Medical and sanitary report of the native army of Bengal for the year
Year: 1878
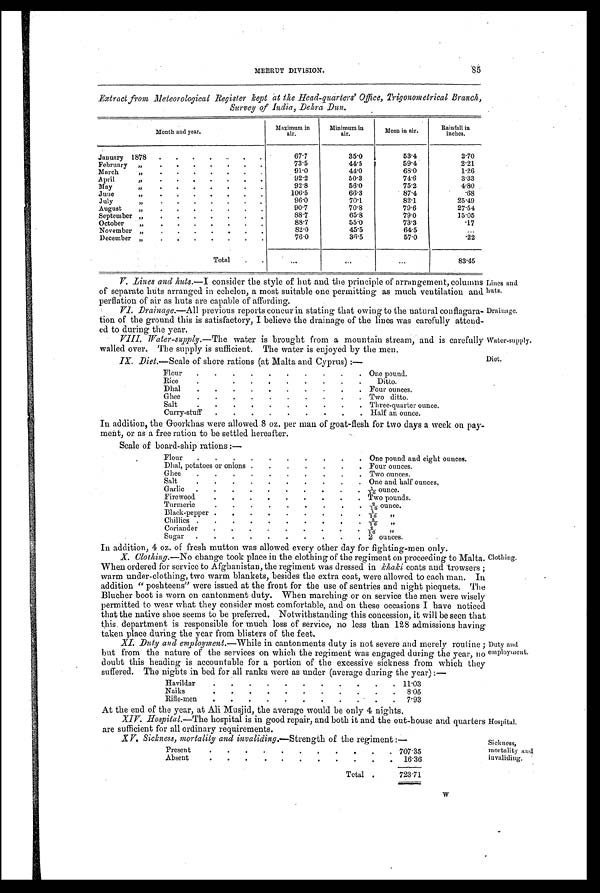
Lines and
huts.
Drainage.
Water-supply.
Diet.
85
MEERUT DIVISION.
Extract from Meteorological Register kept at the Head-quarters' Office, Trigonometrical Branch,
Survey of India, Dehra Dun.
Month and year.
Maximum in
air
Minimum in
air.
Mean in air.
Rainfall in
inches.
January 1878 .
. . . - .
. .
67.7
35.0
5 3 . 4
2.70
February ,,
.
. . . . . .
73.5
44.5
59.4
2.21
March
91.0
44.0
68.0
1.26
April
, ,
92.2
50.3
74.6
3.33
May
, ,
92.8
56.0
75.2
4.80
June
, ,
106.5
66.3
87.4
.68
July
, ,
96.0
70.1
82.1
25.49
August
„
. . . . .
. .
90.7
70.8
79.6
27.54
September
.
. . . . . .
8 8 . 7
65.8
79.0
15.05
October „
8 8 . 7
55.0
73.3
.17
November „
. . . . . . .
82.0
4 5 . 5
64.5
...
December , ,
. . . . . . .
7 6 . 0
36.5
57.0
.22
Total.
. . .
. . .
...
83.45
V. Lines and huts.—I consider the style of hut and the principle of arrangement, columns
of separate huts arranged in echelon, a most suitable one permitting as much ventilation and
perflation of air as huts are capable of affording.
VI. Drainage.—All previous reports concur in stating that owing to the natural conflagara-
tion of the ground this is satisfactory, I believe the drainage of the lines was carefully attend-
ed to during the year.
VIII. Water-supply.—The water is brought from a mountain stream, and is carefully
walled over. The supply is sufficient. The water is enjoyed by the men.
IX. Diet.—Scale of shore rations (at Malta and Cyprus) :—
Flour . .
.
. . .
.
. .
. One pound.
Rice
. . . .
.
.
.
.
. Ditto.
Dhal
. . . . . .
.
.
.
. Four ounces.
Ghee
. . . .
. .
. .
. . Two ditto.
Salt
. .
. . . .
.
.
.
. Three-quarter ounce.
Curry-stuff . .
. .
.
.
. .
. Half an ounce.
In addition, the Goorkhas were allowed 8 oz. per man of goat-flesh for two days a week on pay-
ment, or as a free ration to be settled hereafter.
Scale of board-ship rations :—
Flour.
. .
. . .
. One pound and eight ounces.
Dhal, potatoes or onions
. .
. . .
. Four ounces.
Ghee
. .
. . .
. Two ounces.
Salt. . . . . .
. .
.
. One and half ounces,
Garlic
. . .
. . .
. . 1/16 ounce.
Firewood
. . .
. .
. Two pounds.
Turmeric
. .
.
. .
.
. . 2/16 ounce.
Black-pepper
. .
.
.
.
.
.
. 1/ 16 ,,
Chillies. .
. . . . . . .
. 2/16 ,,
Coriander
. . .
. .
.
.
. 2 / 1 6 , ,
Sugar.
.
. . .
. .
. .
. 2 ounces.
In addition, 4 oz. of fresh mutton was allowed every other day for fighting-men only.
X. Clothing.—No change took place in the clothing of the regiment on proceeding to Malta.
When ordered for service to Afghanistan, the regiment was dressed in khaki coats and trowsers ;
warm under-clothing, two warm blankets, besides the extra coat, were allowed to each man. In
addition " poshteens" were issued at the front for the use of sentries and night picquets. The
Blucher boot is worn on cantonment duty. When marching or on service the men were wisely
permitted to wear what they consider most comfortable, and on these occasions I have noticed
that the native shoe seems to be preferred. Notwithstanding this concession, it will be seen that
this. department is responsible for much loss of service, no less than 128 admissions having
taken place during the year from blisters of the feet.
XI. Duty and employment.—While in cantonments duty is not severe and merely routine ;
but from the nature of the services on which the regiment was engaged during the year, no
doubt this heading is accountable for a portion of the excessive sickness from which they
suffered. The nights in bed for all ranks were as under (average during the year):—
Havildar
. . .
.
. .
.
.
.
. . 11.03
Naiks
.
.
.
.
.
.
.
.
.
.
.
8 . 0 5
Rifle-men . . . . .
.
.
. .
. . 7.93
Clothing.
Duty and
employment.
At the end of the year, at Ali Musjid, the average would be only 4 nights.
XIV. Hospital.—The hospital is in good repair, and both it and the out-house and quarters Hospital.
are sufficient for all ordinary requirements.
XV. Sickness, mortality and invaliding.—Strength of the regiment
Present
. . . .
. . .
. . . .707.35
Absent
. . . . . . . . .
.
16.36
Total .
723.71
Sickness,
mortality and
invaliding.